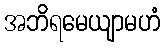
အဘိရမေယျာမဟံ